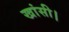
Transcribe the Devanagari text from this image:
खांसी।